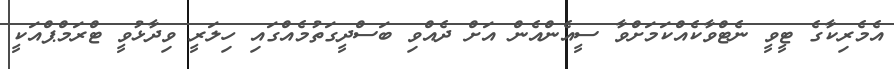
އެމެރިކާގެ ޓީވީ ނެޓްވާކެއްކަމަށްވާ ސީއެންއެން އަށް ދެއްވި ބަސްދީގަތުމެއްގައި ހިލަރީ ވިދާޅުވީ ޓްރަމްޕްއަކީ